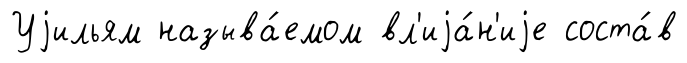
Уjильям называ́емом вл'иjа́н'иjе соста́в